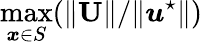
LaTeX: \operatorname*{max}_{\boldsymbol{x}\in S}(\Vert\textbf{U}\Vert/\Vert\boldsymbol{u}^{\star}\Vert)